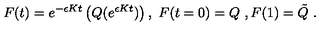
F ( t ) = e ^ { - \epsilon K t } \left( Q ( e ^ { \epsilon K t } ) \right) , \ F ( t = 0 ) = Q \ , F ( 1 ) = \tilde { Q } \ .